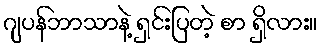
ဂျပန်ဘာသာနဲ့ ရှင်းပြတဲ့ စာ ရှိလား။